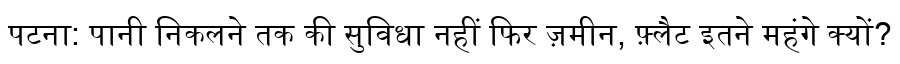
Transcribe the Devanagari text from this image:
पटना: पानी निकलने तक की सुविधा नहीं फिर ज़मीन, फ़्लैट इतने महंगे क्यों?